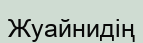
Жуайнидің